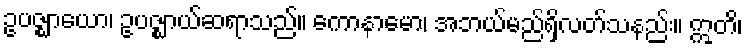
ဥပဇ္ဈာယော၊ ဥပဇ္ဈာယ်ဆရာသည်။ ကောနာမော၊ အဘယ်မည်ရှိလတ်သနည်း။ ဣတိ၊